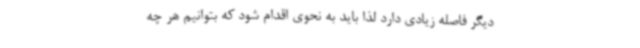
دیگر فاصله زیادی دارد لذا باید به نحوی اقدام شود که بتوانیم هر چه